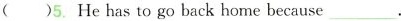
( )5. He has to go back home because ___.